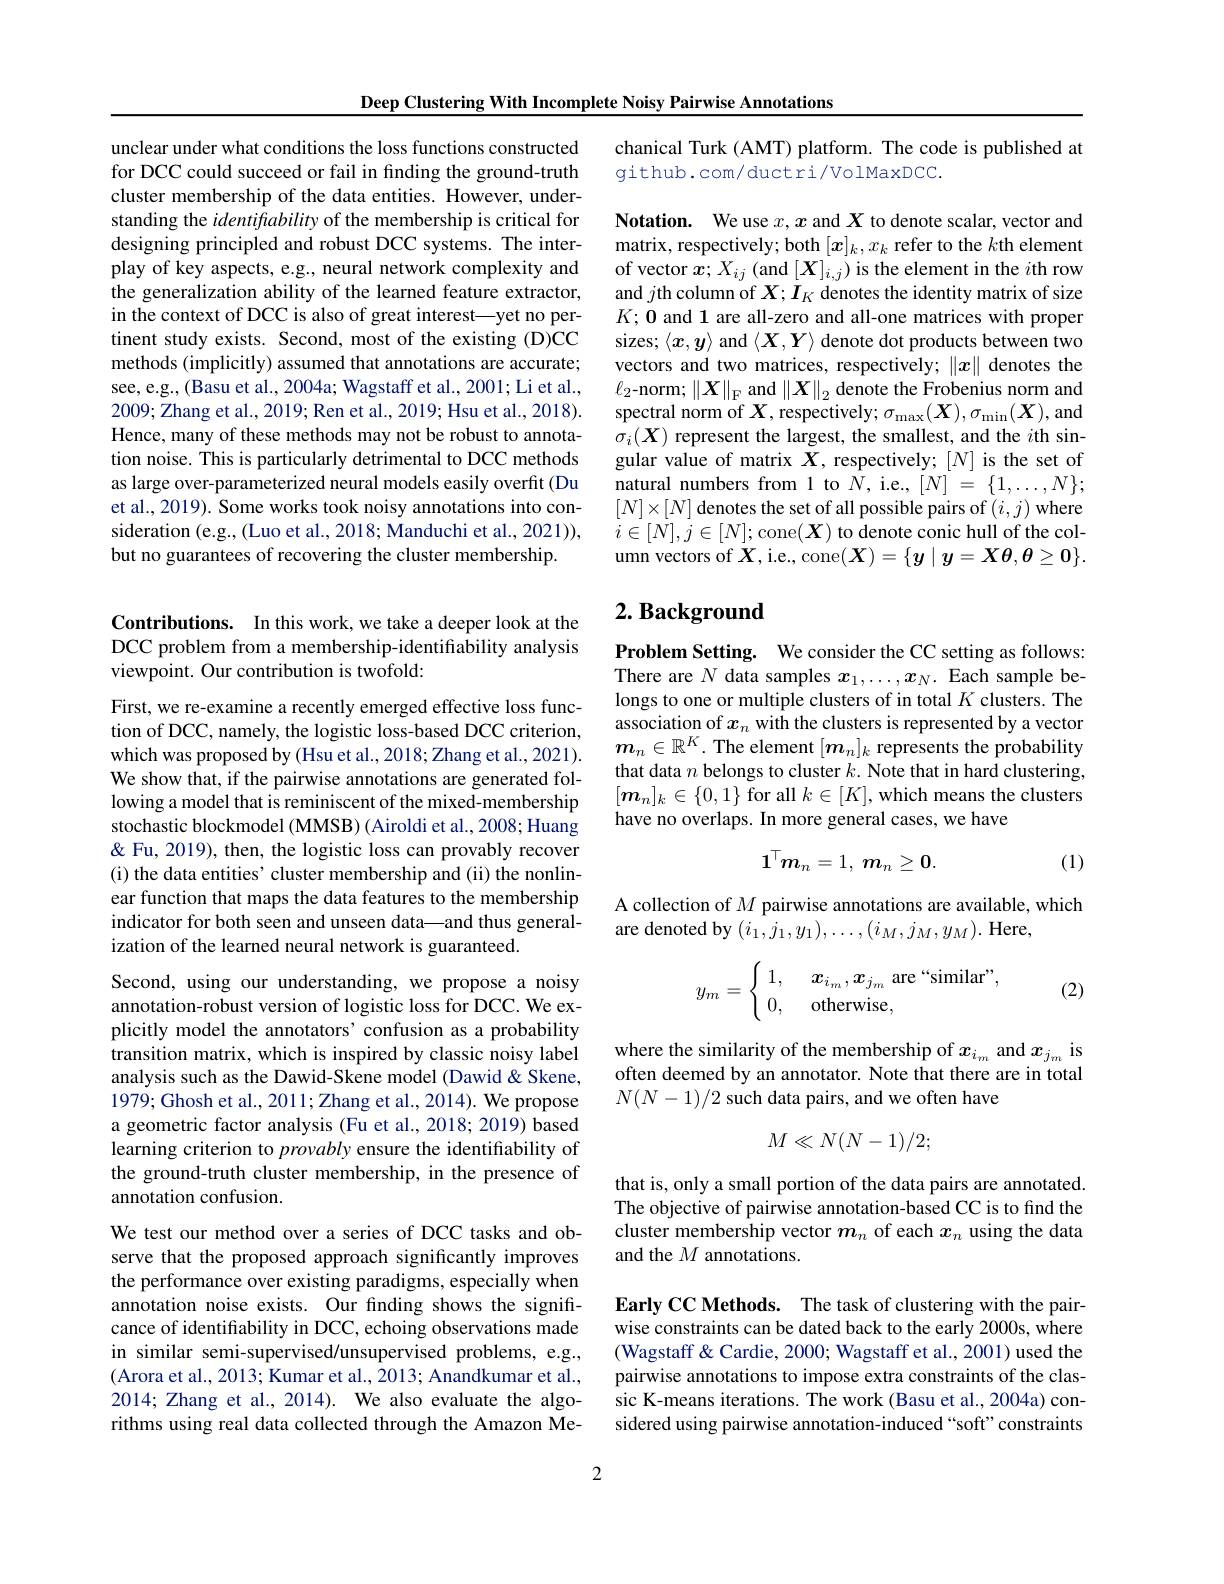
Deep Clustering With Incomplete Noisy Pairwise Annotations

unclear under what conditions the loss functions constructed for DCC could succeed or fail in finding the ground-truth cluster membership of the data entities. However, understanding the identifability of the membership is critical for designing principled and robust DCC systems. The interplay of key aspects, e.g., neural network complexity and the generalization ability of the learned feature extractor, in the context of DCC is also of great interest—yet no pertinent study exists. Second, most of the existing (D)CC methods (implicitly) assumed that annotations are accurate; see, e.g., (Basu et al., 2004a; Wagstaff et al., 2001; Li et al., 2009;Zhang et al., 2019; Ren et al., 2019; Hsu et al., 2018). Hence, many of these methods may not be robust to annotation noise. This is particularly detrimental to DCC methods as large over-parameterized neural models easily overfit (Du et al., 2019). Some works took noisy annotations into consideration (e.g., (Luo et al., 2018; Manduchi et al., 2021)), but no guarantees of recovering the cluster membership.

Contributions. In this work, we take a deeper look at the DCC problem from a membership-identifiability analysis viewpoint. Our contribution is twofold:

First, we re-examine a recently emerged effective loss function of DCC, namely, the logistic loss-based DCC criterion, which was proposed by (Hsu et al., 2018; Zhang et al., 2021). We show that, if the pairwise annotations are generated following a model that is reminiscent of the mixed-membership stochastic blockmodel (MMSB) (Airoldi et al., 2008; Huang & < Fu, 2019), then, the logistic loss can provably recover (i) the data entities' cluster membership and (ii) the nonlinear function that maps the data features to the membership indicator for both seen and unseen data—and thus generalization of the learned neural network is guaranteed.

Second, using our understanding, we propose a noisy annotation-robust version of logistic loss for DCC. We explicitly model the annotators’confusion as a probability transition matrix, which is inspired by classic noisy label analysis such as the Dawid-Skene model (Dawid& Skene, 1979; Ghosh et al., 2011; Zhang et al., 2014). We propose a geometric factor analysis (Fu et al., 2018; 2019) based learning criterion to provably ensure the identifiability of the ground-truth cluster membership, in the presence of annotation confusion.
We test our method over a series of DCC tasks and observe that the proposed approach significantly improves the performance over existing paradigms, especially when annotation noise exists. Our finding shows the significance of identifability in DCC, echoing observations made in similar semi-supervised/unsupervised problems, e.g., (Arora et al., 2013; Kumar et al., 2013; Anandkumar et al., 2014; Zhang et al., 2014). We also evaluate the algo-

rithms using real data collected through the Amazon Me-

chanical Turk (AMT) platform. The code is published at
github. com/ ductri/VolMaxDCC.

Notation. We use $x,x$ and $X$ to denote scalar, vector and matrix, respectively; both $[ x] _k, x_k{ refer to the }k$th element of vector $x;X_ij$ (and $[X]_i,j)$ is the element in the $i$th row and $j$th column of $X;I_K$ denotes the identity matrix of size $K;0$ and 1 are all-zero and all-one matrices with proper sizes; $\langle x,y\rangle$ and $\langle X,Y\rangle$ denote dot products between two vectors and two matrices, respectively; $\|x\|$ denotes the $\ell_{2}$-norm;$\|\boldsymbol X\|_{\mathrm{F}}$and$\|\boldsymbol X\|_2$denote the Frobenius norm and spectral norm of $X$, respectively; $\sigma_\mathrm{max}(\boldsymbol{X}),\sigma_\mathrm{min}(\boldsymbol{X})$,and $\sigma_i(\boldsymbol{X})$ represent the largest, the smallest, and the $i$th singular value of matrix $X$, respectively; $[N]$ is the set of natural numbers from 1 to $N$,i.e., $[N]=\{1,\ldots,N\};$ $[N]\times[N]$ denotes the set of all possible pairs of $(i,j)$ where $i\in[N],j\in[N];$cone$(\boldsymbol X)$ to denote conic hull of the column vectors of $X$,i.e., cone$(X)=\{y\mid y=\boldsymbol{X}\boldsymbol{\theta},\boldsymbol{\theta}\geq\boldsymbol{0}\}.$

# $2. \textbf{ Background}$

Problem Setting. We consider the CC setting as follows: There are $N$ data samples $x_1,\ldots,x_N.$ Each sample belongs to one or multiple clusters of in total $K$ clusters. The association of $x_n$ with the clusters is represented by a vector $m_n\in\mathbb{R}^K$. The element $[m_n]_k$ represents the probability that data $n$ belongs to cluster $k.$ Note that in hard clustering, $[\boldsymbol{m}_{n}]_{k}\in\{0,1\}$ for all $k\in[K]$,which means the clusters have no overlaps. In more general cases, we have
$$1^\top m_n=1,\:m_n\geq0.$$
(1)

A collection of $M$ pairwise annotations are available, which
are denoted by $(i_1,j_1,y_1),\ldots,(i_M,j_M,y_M).$ Here,
$$y_m=\begin{cases}\:1,\quad\boldsymbol{x}_{i_m},\boldsymbol{x}_{j_m}\text{are“similar”,}\\\:0,\quad\text{otherwise,}\end{cases}$$
(2)

where the similarity of the membership of $x_{i_m}$ and $x_{j_m}$ is often deemed by an annotator. Note that there are in total $N(N-1)/2$ such data pairs, and we often have
$$M\ll N(N-1)/2;$$
that is, only a small portion of the data pairs are annotated. The objective of pairwise annotation-based CC is to find the cluster membership vector $m_n$ of each $x_n$ using the data and the $M$ annotations.

Early CC Methods. The task of clustering with the pairwise constraints can be dated back to the early 2000s, where (Wagstaff & Cardie, 2000; Wagstaff et al., 2001) used the pairwise annotations to impose extra constraints of the classic K-means iterations. The work (Basu et al., 2004a) considered using pairwise annotation-induced“soft”constraints

2